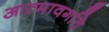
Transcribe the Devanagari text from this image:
आत्मावगति